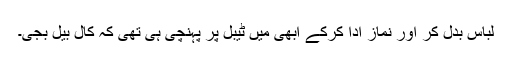
لباس بدل کر اور نماز ادا کرکے ابھی میں ٹیبل پر پہنچی ہی تھی کہ کال بیل بجی۔